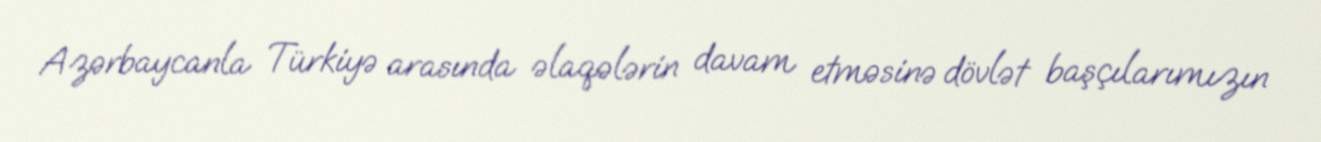
Azərbaycanla Türkiyə arasında əlaqələrin davam etməsinə dövlət başçılarımızın